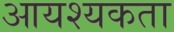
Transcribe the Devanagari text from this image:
आयश्यकता